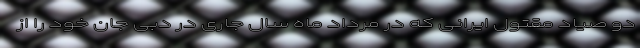
دو صیاد مقتول ایرانی که در مرداد ماه سال جاری در دبی جان خود را از